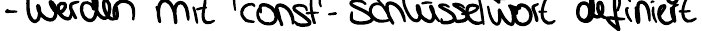
- werden mit 'const'-Schlüsselwort definiert